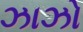
ઝાઝો